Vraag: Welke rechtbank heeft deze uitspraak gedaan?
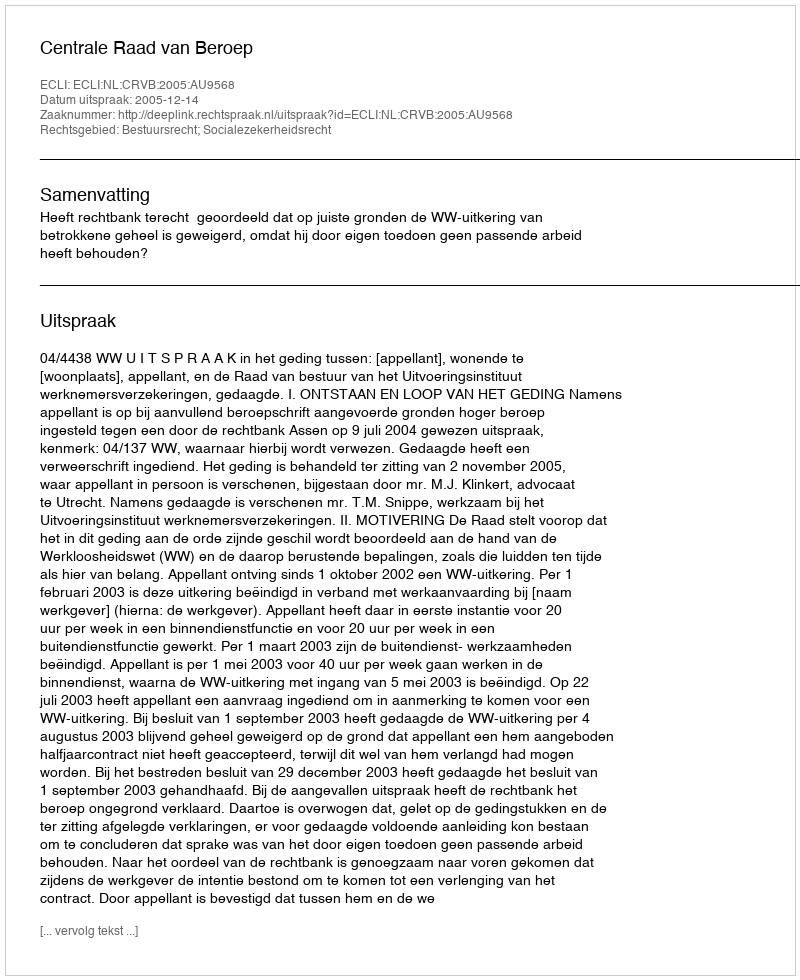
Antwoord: Centrale Raad van Beroep